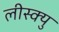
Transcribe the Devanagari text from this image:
लीस्क्यु